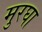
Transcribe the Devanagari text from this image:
मुरघा